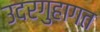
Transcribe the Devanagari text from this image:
उदरगुहागत